Newspaper: Pittsburg dispatch. [volume]
Place of publication: Pittsburg [Pa.]
Publisher: Rook, O'Neil & Co.
Date: 1890-07-26 00:00:00
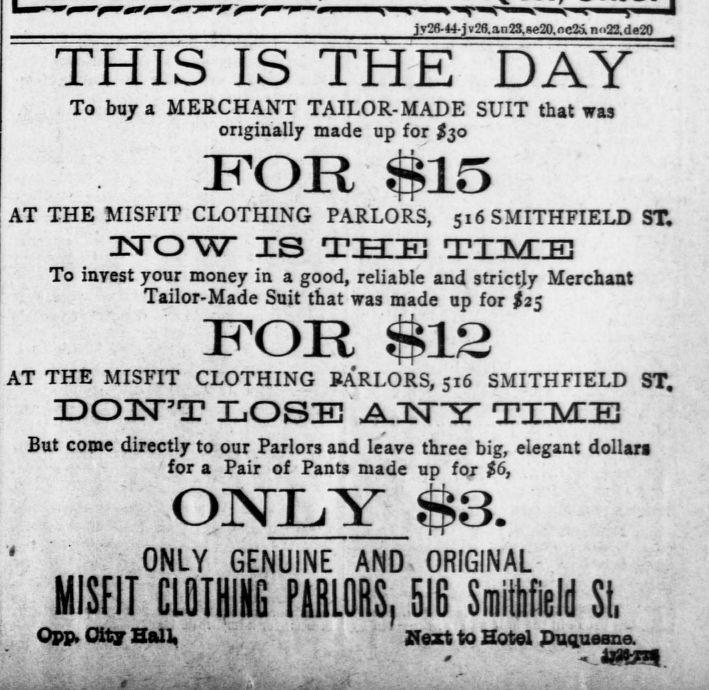
Advertisement text (OCR):
THIS IS THE DAY To buy a MERCHANT TAILOR-MADE SUIT that was originally made up for S30 FOR 15 AT THE MISFIT CLOTHING PARLORS, ZLSTOW ZS THE To invest your money in a good, reliable and strictly Merchant Tailor-Made Suit that was made up for $2$ iron $12 AT THE MISFIT CLOTHING PARLORS, 516 SMITHFIELD ST. IDOXT'T LOSIEv AJSry TIME But come directly to our Parlors and leave three big, elegant dollars for a Pair of Pants made up fox $6, ONLY 3. ' ONLY GENUINE AND ORIGINAL MISFIT CLOTHING PABLGRS. 516 Smithfield SI, Opp, City Hall, -N I. i "' j r26-H-J28.an23,8e20.nc2S, no23.de20 516 SMITHFIELD ST. TinyniE Next to Hotel Pnqueana
Label: text-only